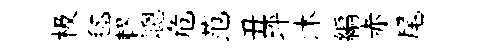
极毬轇聰危范丑坪沐編赤尾